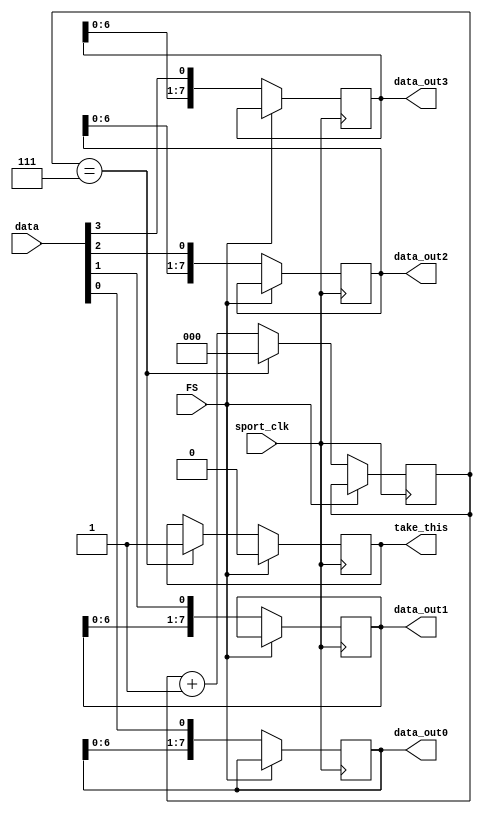
`timescale 1ns / 1ps
//////////////////////////////////////////////////////////////////////////////////
// Company: Planar
// 
// Design Name: DATA
// Module Name: SPORT
// Project Name: Check_ADC
// Target Devices: 
// Tool Versions: 
// Description: 
// 
// Dependencies: 
// 
// Revision:
// Revision 0.01 - File Created
// Additional Comments:
// 
//////////////////////////////////////////////////////////////////////////////////

module SPORT (input [3:0] data,
              input FS,
              input sport_clk,
              output [7:0] data_out0,
              output [7:0] data_out1,
              output [7:0] data_out2,
              output [7:0] data_out3,
              output reg take_this = 0);

    reg [7:0] q0 = 8'd0;
    reg [7:0] q1 = 8'd0;
    reg [7:0] q2 = 8'd0;
    reg [7:0] q3 = 8'd0;
    reg [2:0] delay = 0;

    assign data_out0 = q0;
    assign data_out1 = q1;
    assign data_out2 = q2;
    assign data_out3 = q3;

    always @(posedge sport_clk) begin
       if(FS == 0) begin
            if (delay == 7) begin
                take_this <= 1;
                delay <= 0;
            end 
            else 
                delay <= delay + 1;
       end
       else 
           take_this <= 0;
    end

    always @(posedge sport_clk) begin
        if(FS == 0) begin
            q0 = {q0[6:0], data[0]};
            q1 = {q1[6:0], data[1]};
            q2 = {q2[6:0], data[2]};
            q3 = {q3[6:0], data[3]};
        end
    end

endmodule